[Report on the health of British troops in the Madras command]
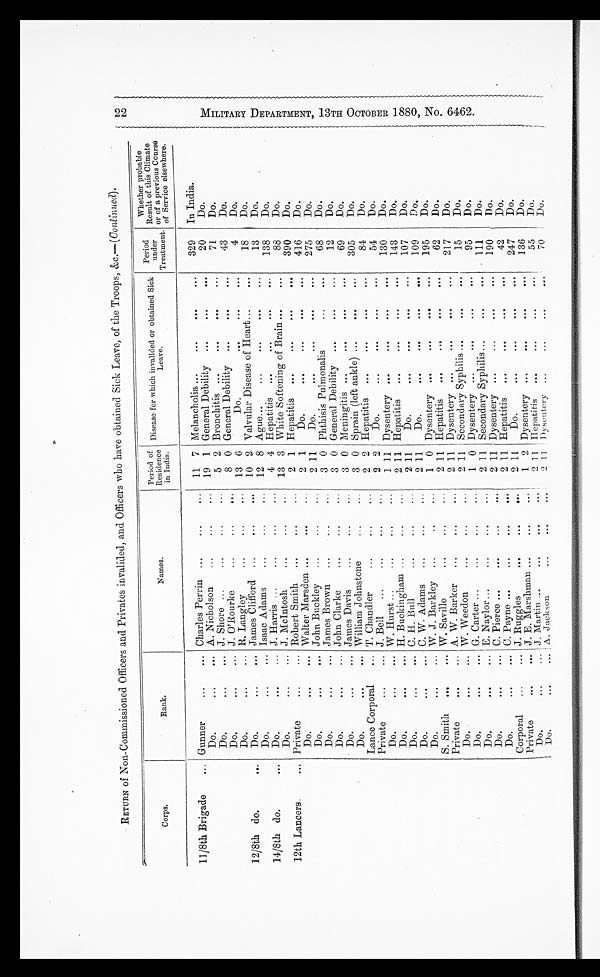
RETURN of Non-Commissioned Officers and Privates invalided, and Officers who have obtained Sick Leave, of the Troops, &.-(Continued).
Corps.
Rank.
Names.
Period of
Residence
in India.
Disease for which invalided or obtained Sick
Leave.
Period
under
Treatment.
Whether probable
Result of this Climate
or of a previous Course
of Service elsewhere.
11/8th Brigade
... Gunner
...
... Charles Perrin ...
...
...
11 7 Melancholia ...
...
...
...
329
In India.
Do.
...
... A. Nicholson
...
...
...
19 1 General Debility ...
...
...
20
Do.
Do.
...
..._ J. Shore ...
...
...
...
5 2 Bronchitis ...
...
...
...
71
D o .
Do.
...
... J. O'Rourke
...
...
...
8 0 General Debility ...
...
...
43
Do.
Do,
...
... R. Langley
...
...
...
13 6
Do.
..,
...
....
4
Do.
12/8th do.
. . . Do.
...
... James Clifford ...
...
. . .
10 2 Valvular Disease of Heart... ...
...
18
Do.
Do.
...
... Isaac Adams
... ...
...
12 8 Ague...
...
...
...
...
13
Do.
14/8th do.
...
Do.
...
... J. Harris ... ...
...
...
4 4 Hepatitis. ...
. . .
...
...
138
Do.
Do.
...
... J. McIntosh
...
...
...
13 3 White Softening of Brain ...
...
88
Do.
12th Lancers.
... Private
...
... Robert Smith
...
...
...
2 1 Hepatitis
...
...
...
...
390
Do.
Do.
...
...
Walter Marsden ...
...
...
2 1
Do.
. . .
...
...
...
416
Do.
Do.
...
...
John Buckley
...
...
...
2 11
Do.
...
...
...
...
275
Do.
Do.
...
... James Brown
... ...
...
3 0 Phthisis Pulmonalis
...
...
68
Do.
Do.
...
... John Clarke
. . .
...
...
3 0 General Debility ...
...
...
12
Do.
Do.
...
... James Davis
...
... ...
3 0 Meningitis ...
. . .
...
...
69
.Do.
Do.
. . .
. . . William Johnstone
... ...
3 0 Sprain (left ankle) ...
...
...
305
Do.
Lance Corporal
. . . T. Chandler
... ...
...
2 2 Hepatitis
...
...
...
...
84
Do.
Privat
...
... J. Bell
...
...
...
...
2 2
Do.
. . .
...
...
...
54
Do.
D o .
...
... W. Hurst ...
...
...
...
1 11 Dysentery ...
...
...
...
130
Do.
Do.
...
... H. Buckingham ...
...
...
2 11 Hepatitis
...
...
...
...
143
Do.
Do.
...
... C. H. Bull
...
...
...
2 11
Do.
. . .
...
...
...
107
Do.
Do.
...
... C. W. Adams
...
...
...
2 11
Do.
. . .
...
...
...
109
D o .
Do.
...
... W. J. Barkley ...
...
...
1 0 Dysentery ...
...
...
...
195
Do.
S. Smith
...
... W. Saville
...
...
...
2 11 Hepatitis
...
...
...
62
Do.
Private
...
... A. W. Barker
. . .
...
...
2 11 Dysentery ...
...
...
...
217
Do.
Do.
...
... W. Weedon
...
...
...
2 11 Secondary Syphilis ...
...
...
15
Do.
Do.
...
...
G. Carter ...
...
...
...
1 0 Dysentery ...
. . .
...
...
95
Do.
Do.
...
... E. Naylor...
...
...
...
2 11 Secondary Syphilis...
...
...
111
Do.
Do.
...
... C. Pierce ...
...
...
...
2 11 Dysentery ...
...
...
...
190
Do.
D o .
... ...
C. Payne ...
. . .
...
...
2 11 Hepatitis ...
...
...
...
42
D o .
Corporal
...
... J. Ruggles
...
...
...
2 11
Do.
. . .
...
...
...
247
Do.
Private
. . .
. . .
J. E. Marshman ...
...
...
1 2 Dysentery ...
...
...
...
136
Do.
Do.
...
... J. Martin ...
...
...
...
2 11 Hepatitis
...
...
...
...
55
Do.
Do.
...
... A. Jackson.
...
...
...
2 11
Dysentery
...
...
...
...
70
Do.
M I L I T R Y D E P A R T M E N T , 1 3 T H O C T O B E R 1 8 8 0 , N o . 6 4 6 2 .